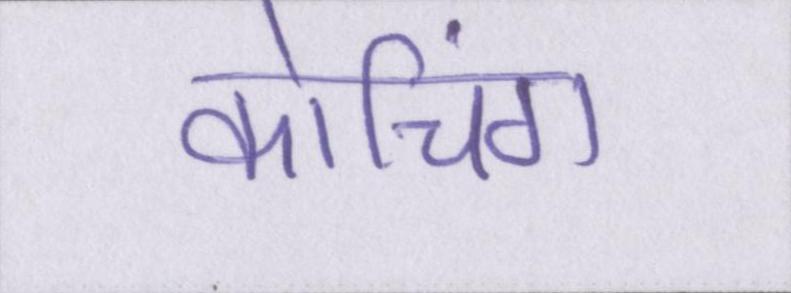
कोचिंग